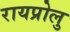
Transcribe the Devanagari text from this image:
रायप्रोलु